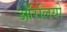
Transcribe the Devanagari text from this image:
ऑरेलियो